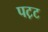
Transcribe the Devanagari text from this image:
पट़ट